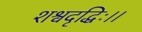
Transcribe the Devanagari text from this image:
शश्वदृद्धिः।।